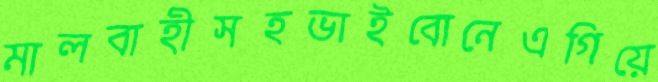
মালবাহীসহভাইবোনেএগিয়ে